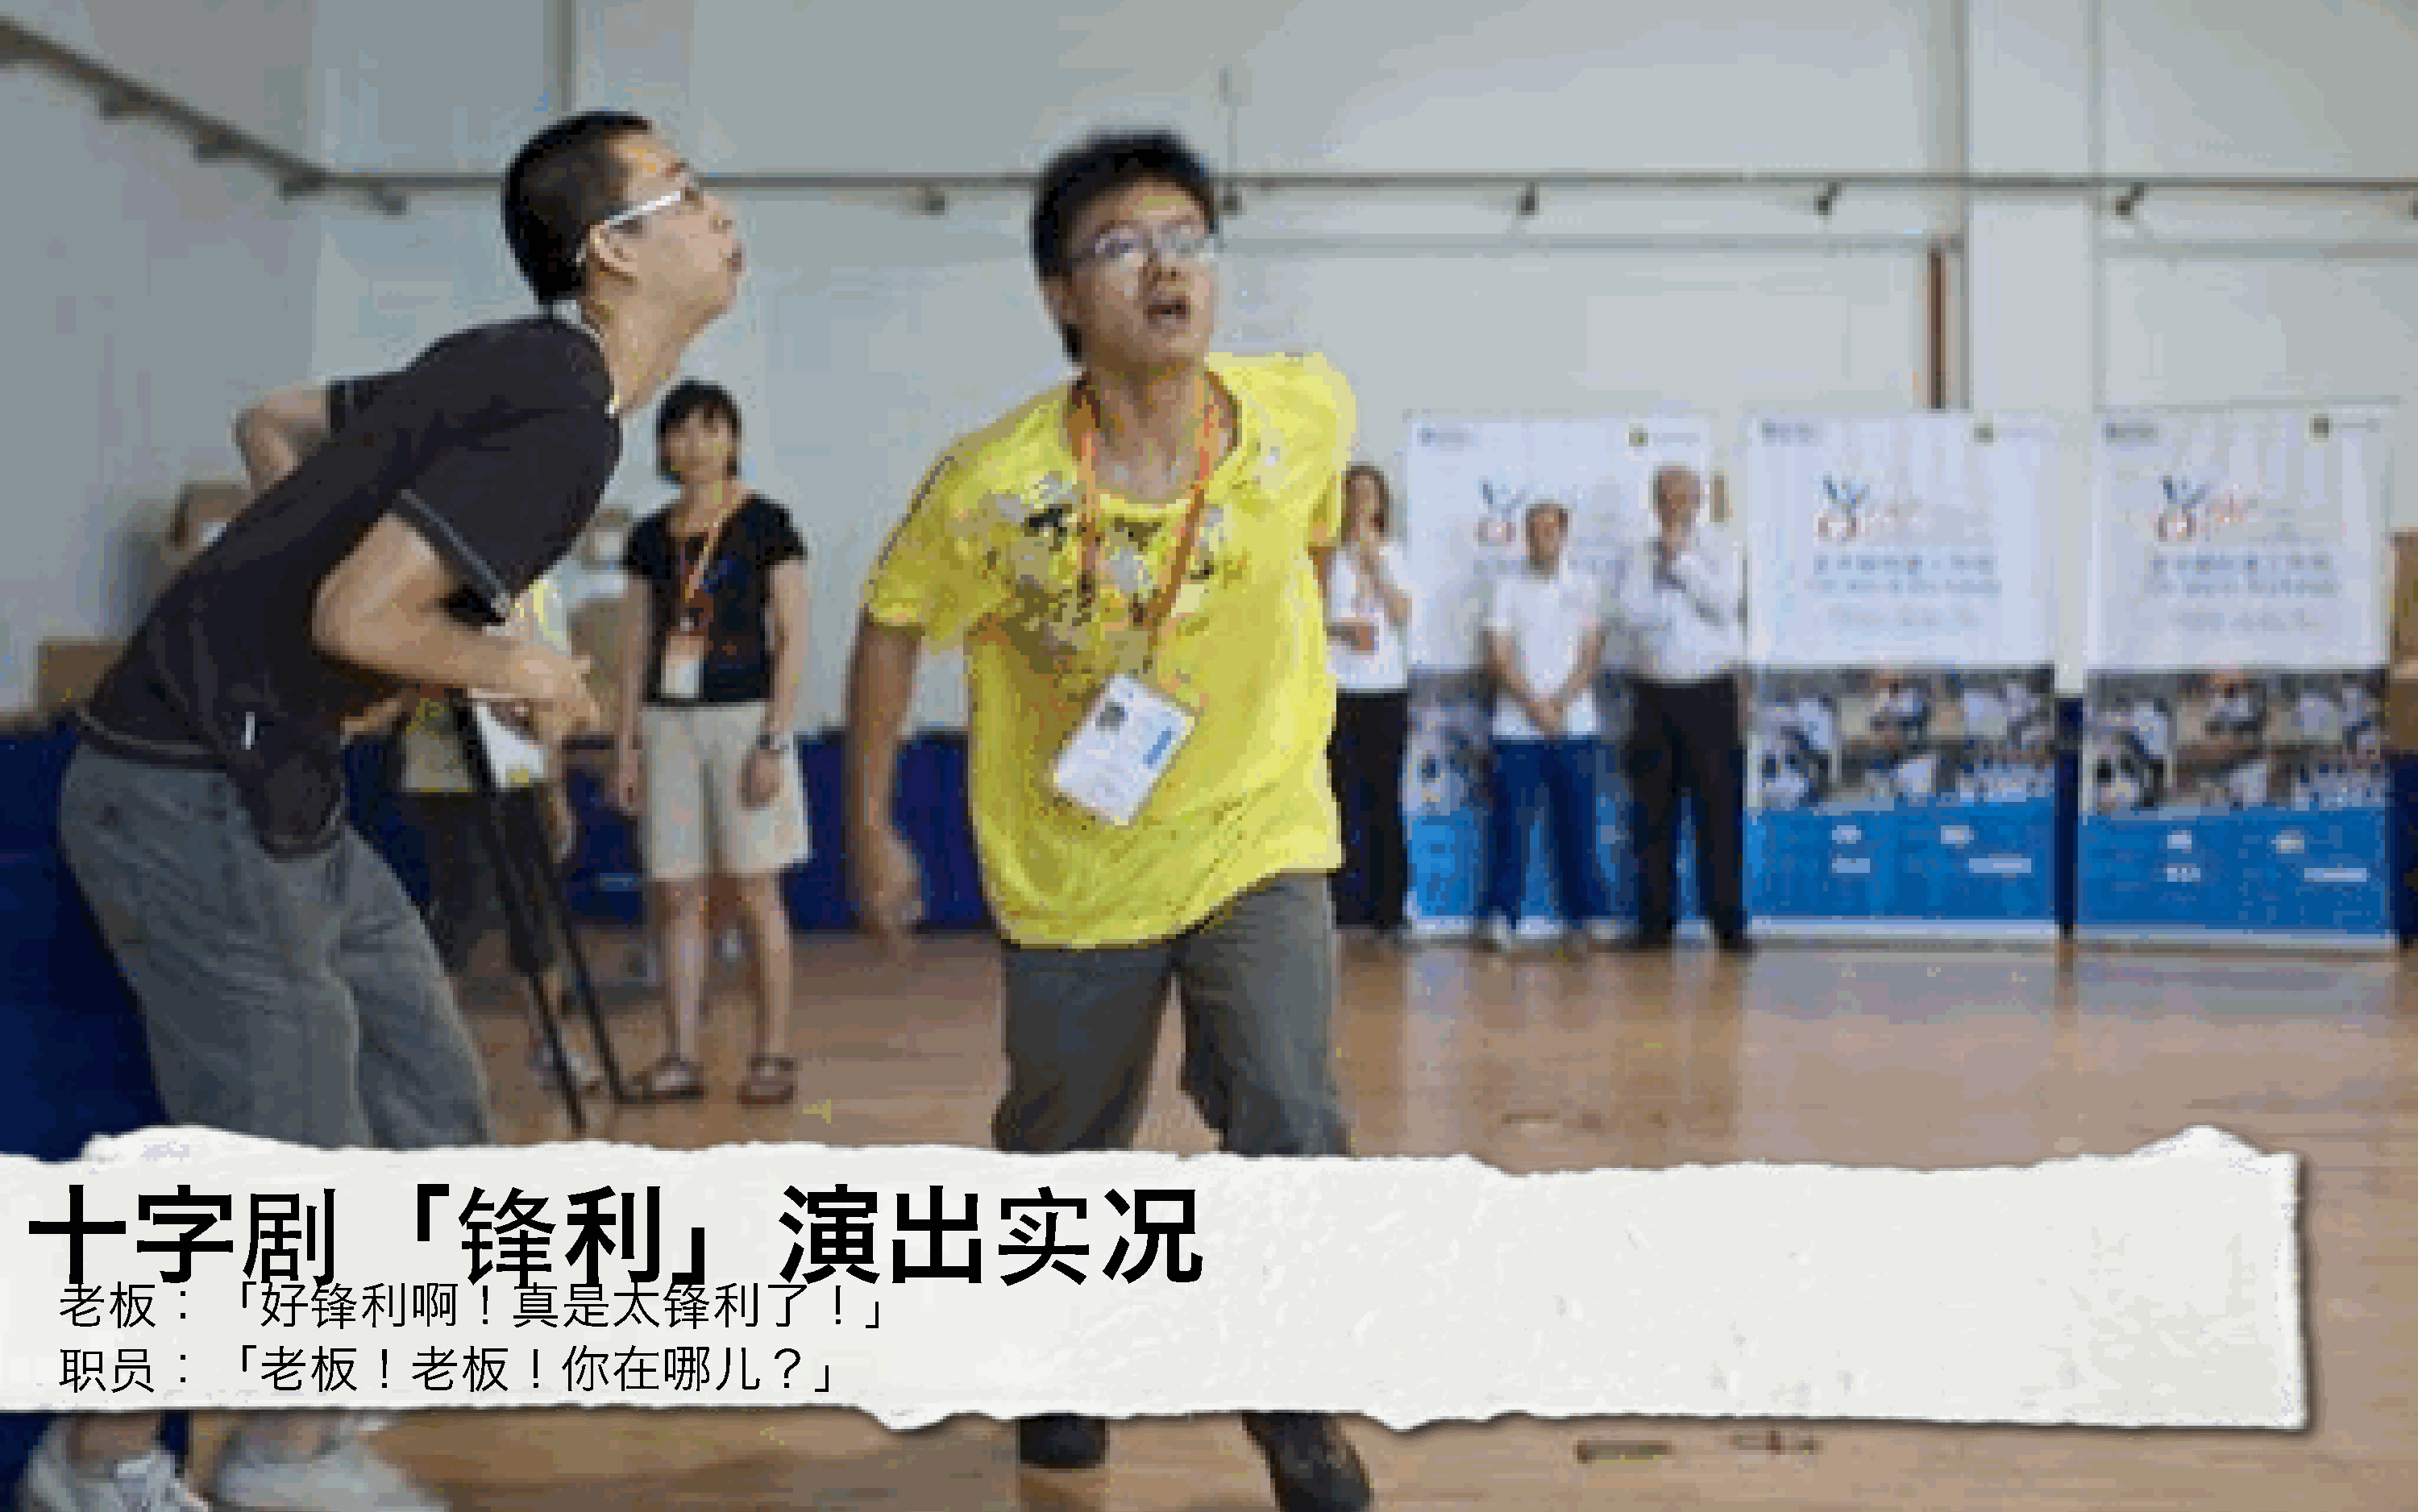
<                =                                           >
 十字                        「                 利」演出                                        况
 [                            [
 老板：「好                    利啊！真是太                      利了！」
 \]
 ：「老板！老板！你在哪儿？」